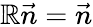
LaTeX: \mathbb{R}\vec{{n}}=\vec{{n}}